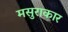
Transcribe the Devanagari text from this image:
मसुराकार